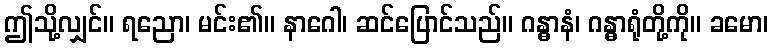
ဤသို့လျှင်။ ရညော၊ မင်း၏။ နာဂေါ၊ ဆင်ပြောင်သည်။ ဂန္ဓာနံ၊ ဂန္ဓာရုံတို့ကို။ ခမော၊